Vaccination North-Western Provinces 1866-1877 - 1866-1877
Year: 1866
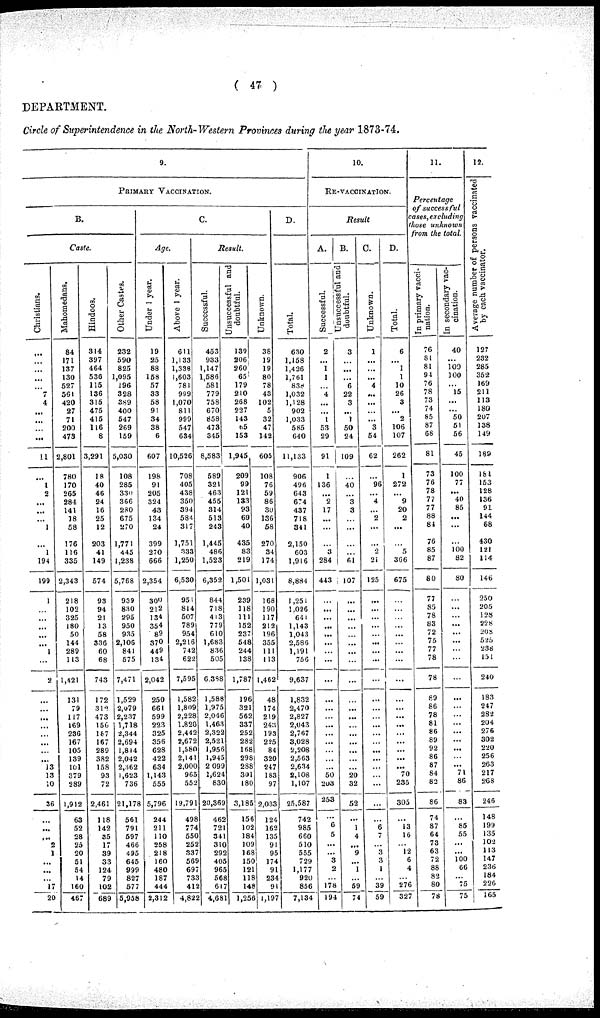
( 47 )
DEPARTMENT.
Circle of Superintendence in the North-Western Provinces during the year 1873-74.
9.
PRIMARY VACCINATION.
B.
Caste.
Christians.
...
...
...
...
...
7
4
...
...
...
...
11
...
1
2
...
...
...
1
...
1
194
199
1
...
...
...
...
...
1
...
2
...
...
...
...
...
...
...
...
13
13
10
36
...
...
...
2
1
...
...
...
17
20
Mahomedans.
84
171
137
130
527
561
420
27
71
200
473
2,801
780
170
265
284
141
18
58
176
116
335
2,343
218
102
325
180
50
144
289
113
1,421
131
79
117
169
236
167
105
139
101
379
289
1,912
63
52
28
25
20
51
54
14
160
467
Hindoos.
314
397
464
536
115
136
315
475
415
116
8
3,291
18
40
46
24
16
25
12
203
41
149
574
93
94
21
13
58
336
60
68
743
172
312
473
156
167
167
289
382
158
93
72
2,461
118
142
85
17
39
33
124
79
102
689
Other Castes.
232
590
825
1,095
196
328
389
400
547
269
159
5,030
108
285
330
366
280
675
270
1,771
445
1,238
5,768
939
830
295
950
935
2,106
841
575
7,471
1,529
2,079
2,237
1,718
2,344
2,694
1,814
2,042
2,362
1,623
736
21,178
561
791
597
466
495
645
999
827
577
5,968
C.
Age.
Under 1 year.
19
25
88
158
57
33
58
91
34
38
6
607
198
91
205
324
43
134
24
399
270
666
2,354
300
212
134
354
89
370
449
134
2,042
250
661
599
223
325
356
628
422
634
1,143
555
5,796
244
211
110
258
218
160
480
187
444
2,312
Above 1 year.
611
1,133
1,338
1,603
781
999
1,070
811
999
547
634
10,526
708
405
438
350
394
584
317
1,751
333
1,250
6,530
951
814
507
789
954
2,216
742
622
7,595
1,582
1,809
2,228
1.820
2,442
2,672
1,580
2,141
2,000
965
552
19,791
498
774
550
252
337
569
697
738
412
4,822
Result.
Successful.
453
933
1,147
1,586
581
779
758
670
858
473
345
8,583
589
321
463
455
314
513
243
1,445
486
1,523
6,352
844
718
413
779
610
1,683
836
505
6,388
1,588
1,975
2,046
1,0468
2,322
2,521
1,956
1,945
2,099
1,624
830
20,369
462
721
341
310
292
405
965
568
617
4,681
Unsuccessful and
doubtful.
139
206
260
65
179
210
268
227
143
65
153
1,945
209
99
121
133
93
69
40
435
83
219
1,501
239
118
111
152
237
548
244
138
1,787
196
321
562
337
252
282
168
298
288
301
180
3,185
156
102
184
109
168
150
121
118
148
1,256
Unknown.
38
19
19
80
78
43
102
5
32
47
142
605
108
76
59
86
30
136
58
270
34
174
1,031
168
190
117
212
196
355
111
113
1,462
48
174
219
243
193
225
84
320
247
183
97
2,033
124
162
135
91
95
174
91
234
91
1,197
D.
Total.
630
1,158
1,426
1,761
838
1,032
1,128
902
1,033
585
640
11,133
906
496
643
674
437
718
341
2,150
603
1,916
8,884
1,251
1.026
641
1,143
1,043
2,586
1,191
756
9,637
1,832
2,470
2,827
2,043
2,767
3,028
2,208
2,563
2,634
2,108
1,107
25,587
742
985
660
510
555
729
1,177
920
856
7,134
10.
RE-VACCINATION.
Result
A.
Successful.
2
...
1
1
...
4
...
...
1
53
29
91
1
136
...
2
17
...
...
...
3
284
443
...
...
...
...
...
...
...
...
...
...
...
...
...
...
...
...
...
...
50
203
253
...
6
5
...
...
3
2
...
178
194
B.
Unsuccessful and
doubtful.
3
...
...
...
6
22
3
...
1
50
24
109
...
40
...
3
3
...
...
...
...
61
107
...
...
...
...
...
...
...
...
...
...
...
...
...
...
...
...
...
...
20
32
52
...
1
4
...
9
...
1
...
59
74
C.
Unknown.
1
...
...
...
4
...
...
...
...
3
54
62
...
96
...
4
...
2
...
...
2
21
125
...
...
...
...
...
...
...
...
...
...
...
...
...
...
...
...
...
...
...
...
...
...
6
7
...
3
3
1
...
39
59
D.
Total.
6
...
1
1
10
26
3
...
2
106
107
262
1
272
...
9
20
2
...
...
5
366
675
...
...
...
...
...
...
...
...
...
...
...
...
...
...
...
...
...
...
70
235
305
...
13
16
...
12
6
4
...
276
327
11.
Percentage
of successful
cases, excluding
those unknown
from the total.
In primary vacci-
nation.
76
81
81
94
76
78
73
74
85
87
68
81
73
76
78
77
77
88
84
76
85
87
80
77
85
78
83
72
75
77
78
78
89
86
78
81
86
89
92
86
87
84
82
86
74
87
64
73
63
72
88
82
80
78
In secondary vac-
cination.
40
...
100
100
...
15
...
...
50
51
56
45
100
77
...
40
85
...
...
...
100
82
80
...
...
...
...
...
...
...
...
...
...
...
...
...
...
...
...
...
...
71
86
83
...
85
55
...
...
100
66
...
75
75
12.
Average number of persons vaccinated
by each vaccinator.
127
232
285
352
169
211
113
180
207
138
149
189
181
153
128
136
91
144
68
430
121
114
146
250
205
128
228
208
525
238
151
240
183
247
282
204
276
302
220
256
263
217
268
246
148
199
135
102
113
147
236
184
226
165